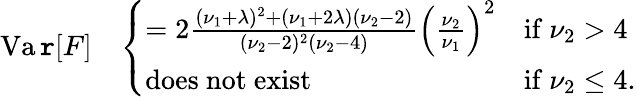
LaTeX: \operatorname{Va\mathtt{r}}[F]\quad{\left\{ \begin{array}{ll}{=2{\frac{(\nu_{1}+\lambda)^{2}+(\nu_{1}+2\lambda)(\nu_{2}-2)}{(\nu_{2}-2)^{2}(\nu_{2}-4)}}\left({\frac{\nu_{2}}{\nu_{1}}}\right)^{2}}&{{\mathrm{if~}}\nu_{2}>4}\\ {{\mathrm{does~not~exist}}}&{{\mathrm{if~}}\nu_{2}\leq 4.}\end{array}\right.}